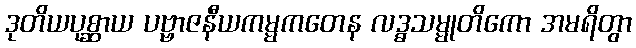
ဒုတိယပုစ္ဆာယ ပဗ္ဗာဇနီယကမ္မကတေန လဒ္ဓသမ္မုတိကော အမရိတွာ